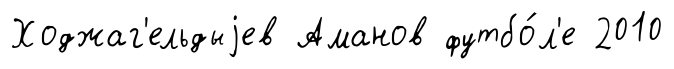
Ходжаг'ельдыjев Аманов футбо́л'е 2010